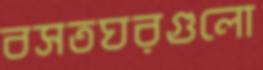
বসতঘরগুলো